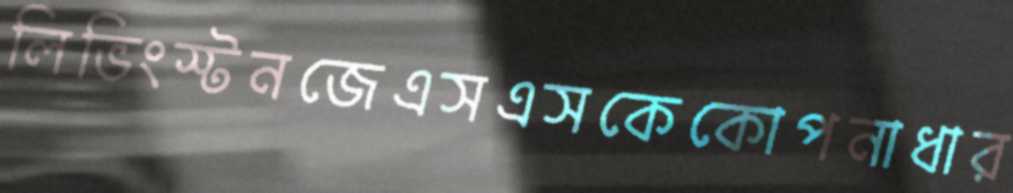
লিভিংস্টনজেএসএসকেকোপনাধার